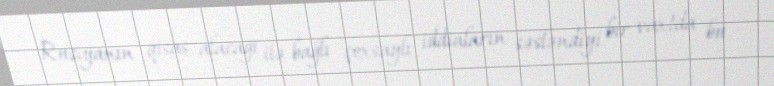
Rusiyanın qisas alacağı ilə bağlı çoxsaylı iddiaların səsləndiyi bir vaxtda bu